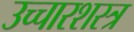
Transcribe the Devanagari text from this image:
उच्चारशस्त्र